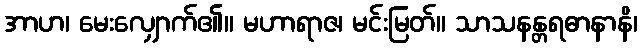
အာဟ၊ မေးလျှောက်၏။ မဟာရာဇ၊ မင်းမြတ်။ သာသနန္တရဓာနာနိ၊